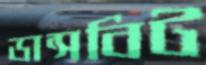
ডান্সবিট